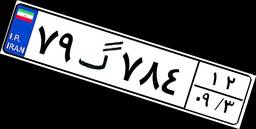
۷۹گ۷۸۴۱۲